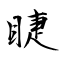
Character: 睫